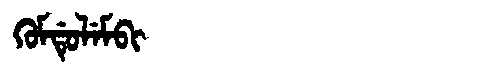
Manchu: ᡴᡠᠮᡩᡠᠯᡝᠮᠪᡳ
Romanization: KUMDULEMBI